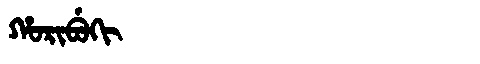
Manchu: ᡥᠣᡵᡳᠪᡠᡴᡳ
Romanization: HORIBUKI